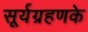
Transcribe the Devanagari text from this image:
सूर्यग्रहणके